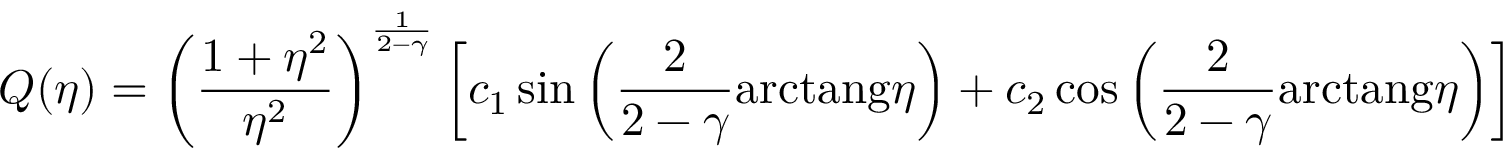
Q ( \eta ) = \left( { \frac { 1 + \eta ^ { 2 } } { \eta ^ { 2 } } } \right) ^ { \frac { 1 } { 2 - \gamma } } \left[ c _ { 1 } \sin \left( { \frac { 2 } { 2 - \gamma } } \mathrm { { a r c t a n g } } \eta \right) + c _ { 2 } \cos \left( { \frac { 2 } { 2 - \gamma } } { \mathrm { a r c t a n g } } \eta \right) \right]